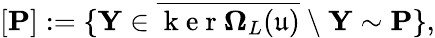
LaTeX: \left[\mathbf{P}\right]:=\{ \mathbf{Y}\in\overline{{\mathrm{~k~e~r~}\mathbf{\Omega}_{L}(\mathfrak{u})}}\ \backslash\ \mathbf{Y}\sim\mathbf{P}\} ,